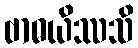
ဗာဓယိဿသိ